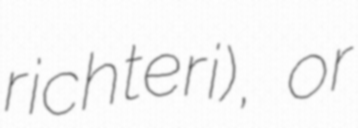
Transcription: richteri), or